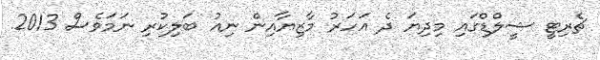
ޗެރިޓީ ޝީލްޑްގައި މިދިޔަ ދެ އަހަރު މާޒިޔާއިން ނިއު ބަލިކުރި ނަމަވެސް 2013